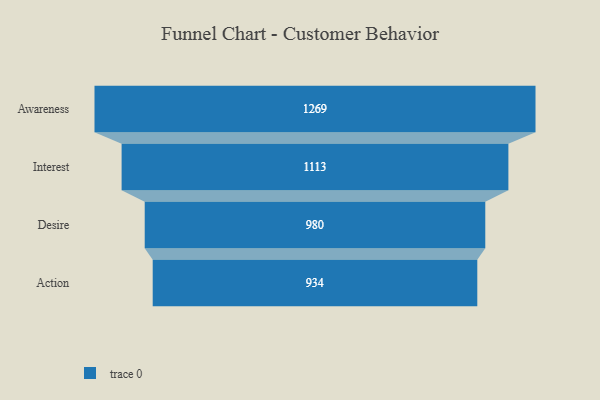
{"axis": {"x": "Stage", "y": "Value"}, "legend": [""], "data": [{"x": "Awareness", "y": 1269.0, "type": ""}, {"x": "Interest", "y": 1113.0, "type": ""}, {"x": "Desire", "y": 980.0, "type": ""}, {"x": "Action", "y": 934.0, "type": ""}]}